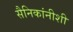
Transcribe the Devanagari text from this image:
सैनिकांनीशी